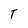
Character: T